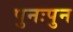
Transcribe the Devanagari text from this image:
पुनःपुन